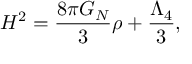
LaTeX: H ^ { 2 } = \frac { 8 \pi G _ { N } } { 3 } \rho + \frac { \Lambda _ { 4 } } { 3 } ,